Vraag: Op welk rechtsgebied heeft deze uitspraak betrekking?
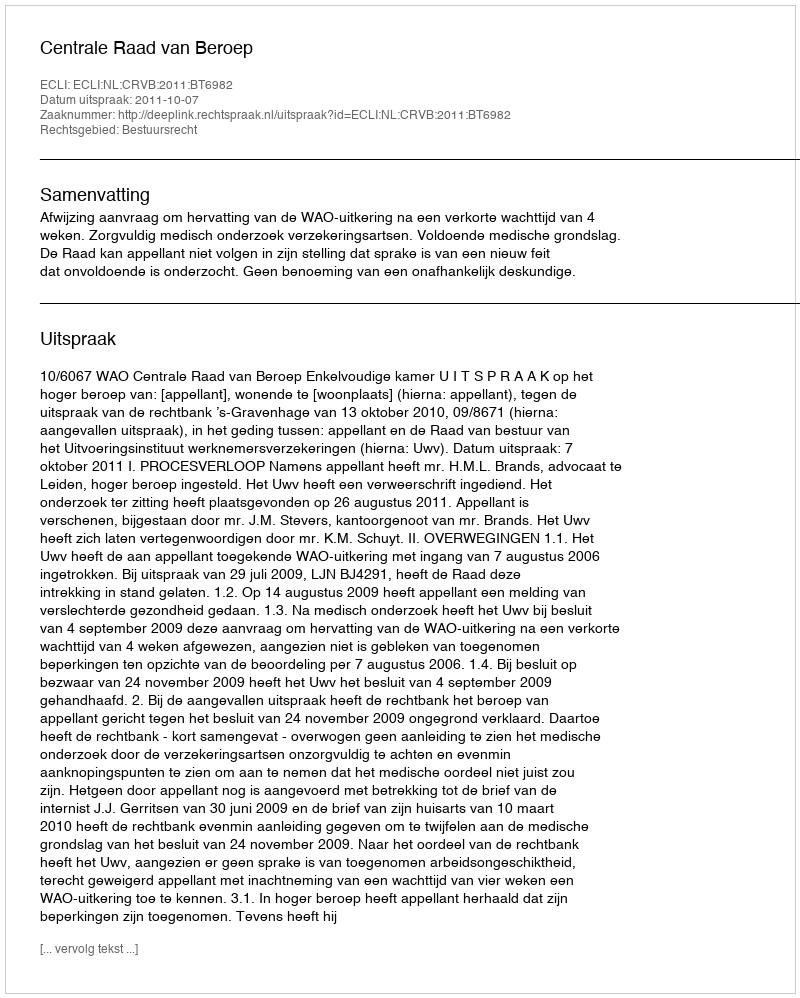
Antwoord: Bestuursrecht